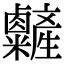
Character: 𥽽